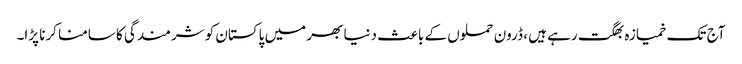
آج تک خمیازہ بھگت رہے ہیں ، ڈرون حملوں کے باعث دنیا بھر میں پاکستان کو شرمندگی کا سامنا کرنا پڑا۔